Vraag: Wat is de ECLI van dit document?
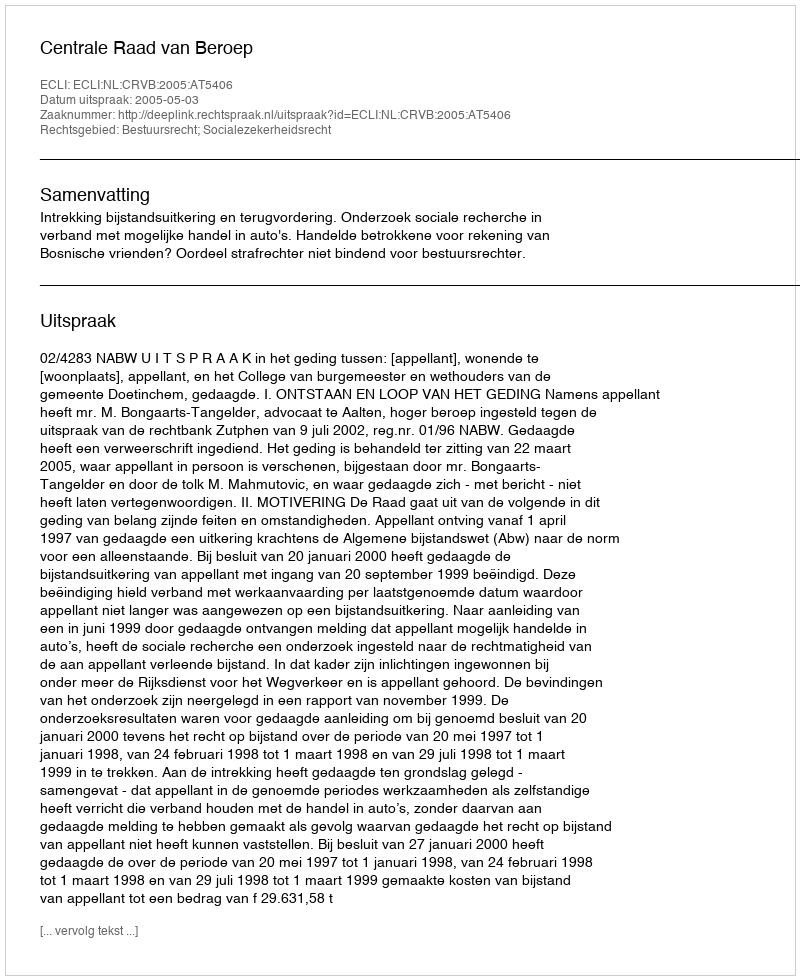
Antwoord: ECLI:NL:CRVB:2005:AT5406